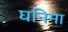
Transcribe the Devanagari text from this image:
घनिमा